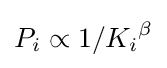
P_{i}\propto 1/{K_{i}}^{\beta }